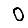
Digit: 0